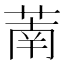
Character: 萳